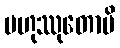
ဗဟုဿုတောပိ